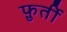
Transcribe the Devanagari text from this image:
फ़ुर्ती